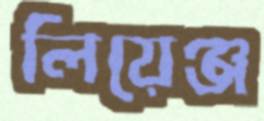
লিয়েঞ্জ